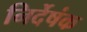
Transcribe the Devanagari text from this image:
निर्देषंक